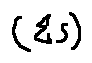
( \sum S )